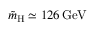
\tilde { m } _ { \mathrm { H } } \simeq 1 2 6 \, \mathrm { G e V }